Vaccination in Bombay 1889-1901 - 1889-1901
Year: 1889
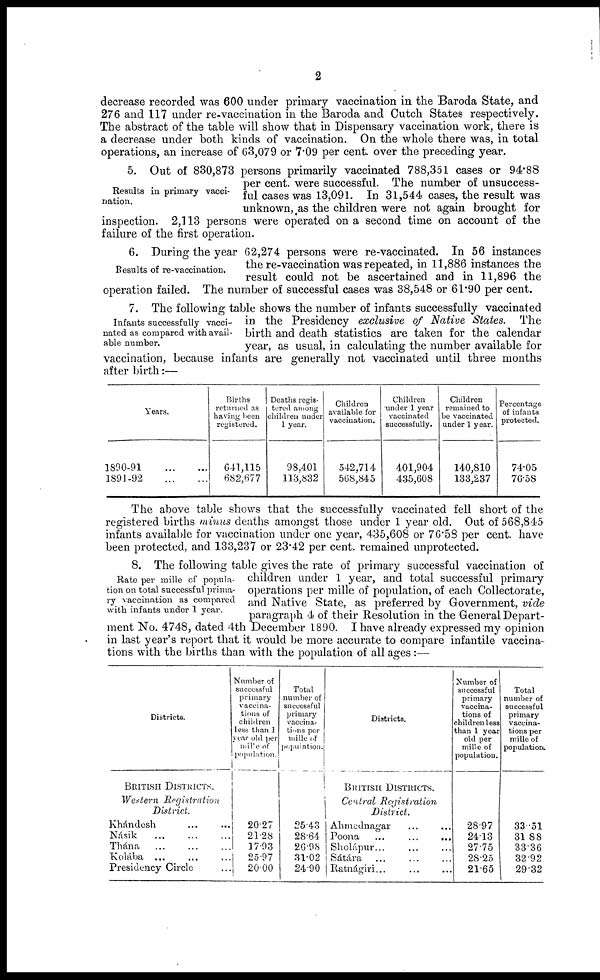
2
decrease recorded was 600 under primary vaccination in the Baroda State, and
276 and 117 under re-vaccination in the Baroda and Cutch States respectively.
The abstract of the table will show that in Dispensary vaccination work, there is
a decrease under both kinds of vaccination. On the whole there was, in total
operations, an increase of 63,079 or 7.09 per cent. over the preceding year.
Results in primary vacci-
nation.
5. Out of 830,873 persons primarily vaccinated 788,351 cases or 94.88
per cent. were successful. The number of unsuccess-
ful cases was 13,091. In 31,544 cases, the result was
unknown, as the children were not again brought for
inspection. 2,113 persons were operated on a second time on account of the
failure of the first operation.
6. During the year 62,274 persons were re-vaccinated. In 56 instances
the re-vaccination was repeated, in 11,886 instances the
result could not be ascertained and in 11,896 the
operation failed. The number of successful cases was 38,548 or 61.90 per cent.
Results of re-vaccination.
Infants successfully vacci-
nated as compared with avail-
able number.
7. The following table shows the number of infants successfully vaccinated
in the Presidency exclusive of Native States. The
birth and death statistics are taken for the calendar
year, as usual, in calculating the number available for
vaccination, because infants are generally not vaccinated until three months
after birth:—
Years.
1890-91
...
...
1891-92
...
...
Births
returned as
having been
registered.
641,115
682,677
Deaths regis-
tered among
children under
1 year.
98,401
113,832
Children
available for
vaccination.
542,714
568,845
Children
under 1 year
vaccinated
successfully.
401,904
435,608
Children
remained to
be vaccinated
under 1 year.
140,810
133,237
Percentage
of infants
protected.
74.05
76.58
The above table shows that the successfully vaccinated fell short of the
registered births minus deaths amongst those under 1 year old. Out of 568,845
infants available for vaccination under one year, 435,608 or 76.58 per cent. have
been protected, and 133,237 or 23.42 per cent. remained unprotected.
Rate per mille of popula-
tion on total successful prima-
ry vaccination as compared
with infants under 1 year.
8. The following table gives the rate of primary successful vaccination of
children under 1 year, and total successful primary
operations per mille of population, of each Collectorate,
and Native State, as preferred by Government, vide
paragraph 4 of their Resolution in the General Depart-
ment No. 4748, dated 4th December 1890. I have already expressed my opinion
in last year's report that it would be more accurate to compare infantile vaccina-
tions with the births than with the population of all ages :—
Districts.
BRITISH DISTRICTS.
Western Registration
District.
Khándesh ... ...
Nasik ... ... ...
Thána
...
...
...
Kolába ... ... ...
Presidency Circle ...
Number of
successful
primary
vaccina-
tions of
children
less than 1
year old per
mille of
population.
20.27
21.28
17.93
25.97
20.00
Total
number of
successful
primary
vaccina-
tions per
mille of
population.
25.43
28.64
26.98
31.02
24.90
Districts.
BRITISH DISTRICTS.
Central Registration
District.
Ahmednagar ... ...
Poona
...
...
...
Sholápur... ... ...
Sátára ... ... ...
Ratnágiri... ... ...
Number of
successful
primary
vaccina-
tions of
children less
than 1 year
old per
mille of
population.
28.97
24.13
27.75
28.25
21.65
Total
number of
successful
primary
vaccina-
tions per
mille of
population.
33.51
31.88
33.36
32.92
29.32